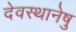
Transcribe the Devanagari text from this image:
देवस्थानेषु